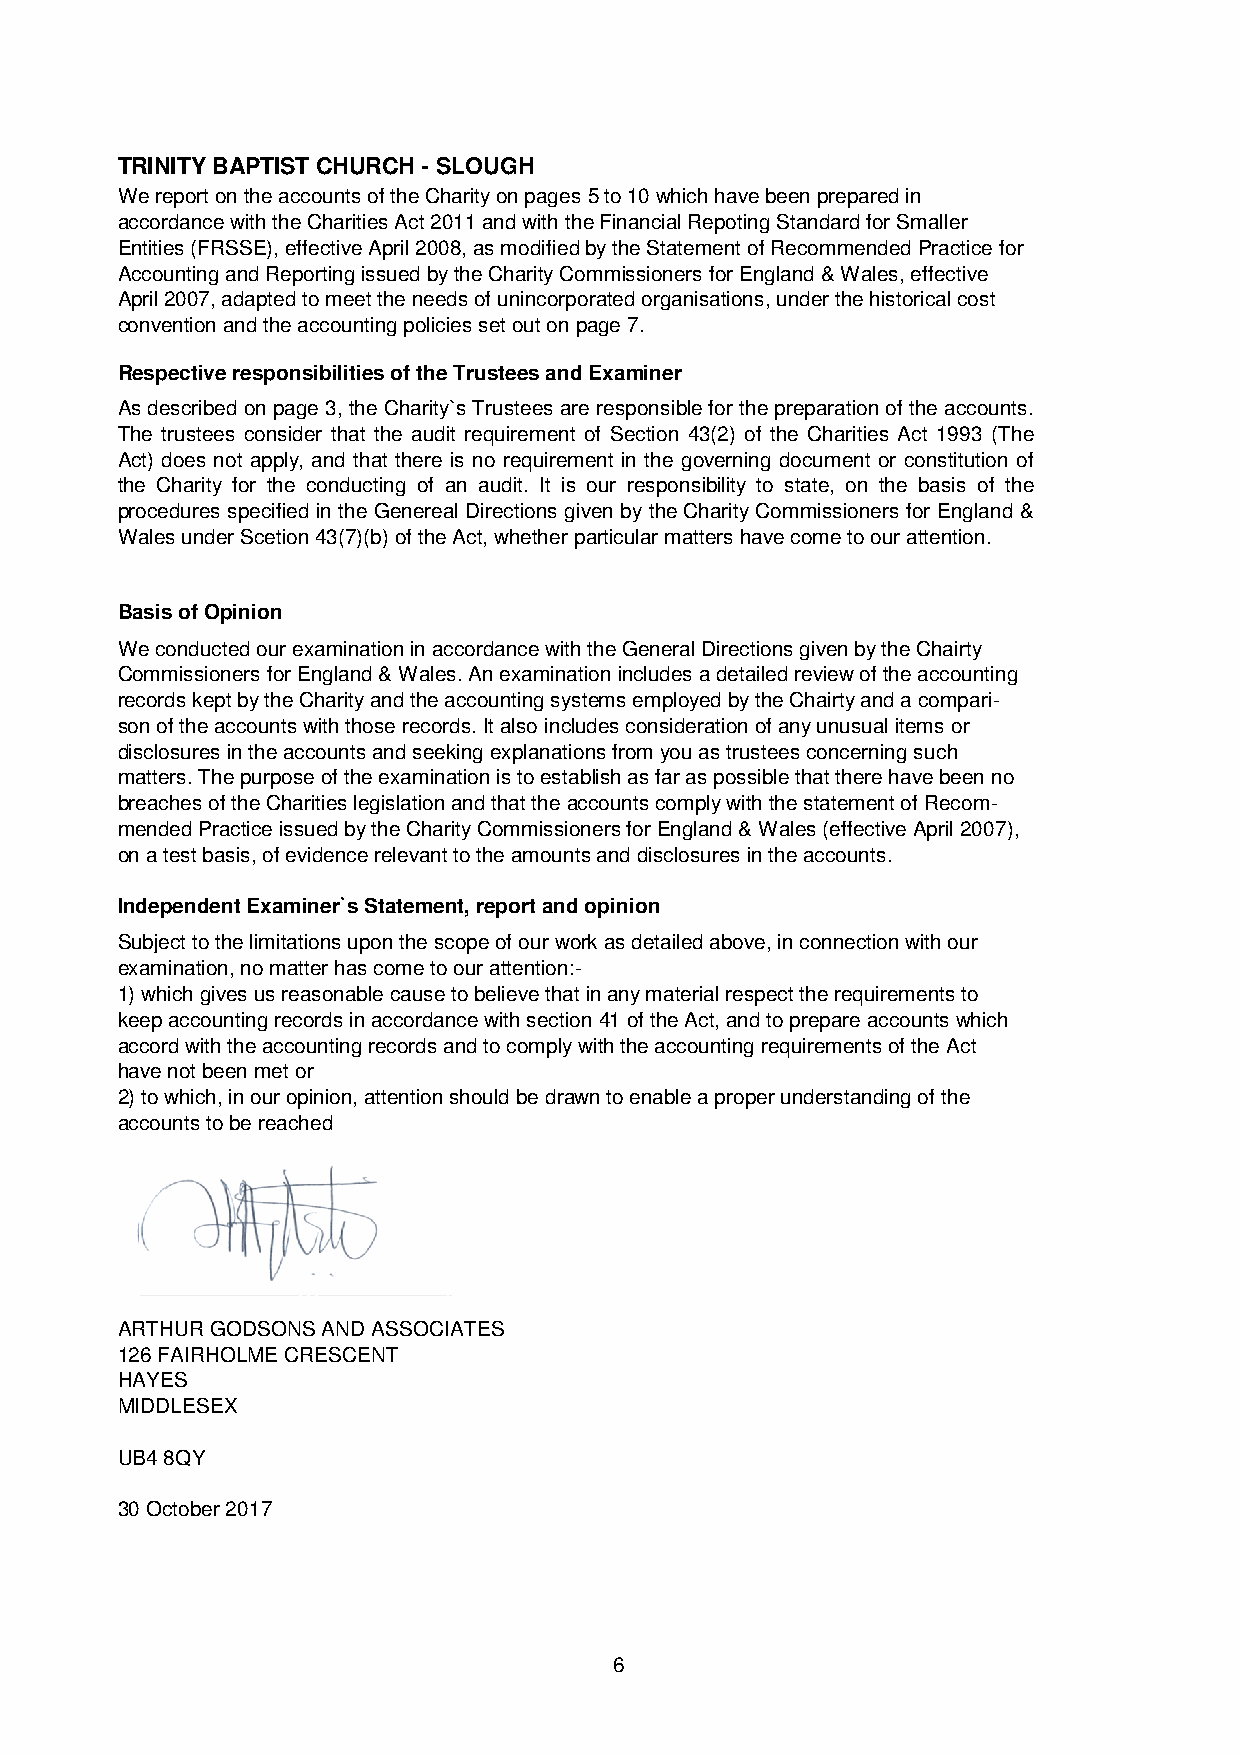
TRINITY BAPTIST CHURCH - SLOUGH
 We report on the accounts of the Charity on pages 5 to 10 which have been prepared in
 accordance with the Charities Act 2011 and with the Financial Repoting Standard for Smaller
 Entities (FRSSE), effective April 2008, as modified by the Statement of Recommended Practice for
 Accounting and Reporting issued by the Charity Commissioners for England & Wales, effective
 April 2007, adapted to meet the needs of unincorporated organisations, under the historical cost
 convention and the accounting policies set out on page 7.
 Respective responsibilities of the Trustees and Examiner
 As describedonpage3,theCharity`s Trustees areresponsiblefor thepreparationof theaccounts.
 The trustees consider that the audit requirement of Section 43(2) of the Charities Act 1993 (The
 Act) does not apply, and that there is no requirement in the governing document or constitution of
 the Charity for the conducting of an audit. It is our responsibility to state, on the basis of the
 procedures specified in the Genereal Directions given bythe CharityCommissioners for England &
 Wales under Scetion 43(7)(b) of the Act, whether particular matters have come to our attention.
 Basis of Opinion
 We conducted our examination in accordance with the General Directions given by the Chairty
 Commissioners for England & Wales. An examination includes a detailed review of the accounting
 records kept by the Charity and the accounting systems employed by the Chairty and a compari-
 son of the accounts with those records. It also includes consideration of any unusual items or
 disclosures in the accounts and seeking explanations from you as trustees concerning such
 matters. The purpose of the examination is to establish as far as possible that there have been no
 breaches of the Charities legislation and that the accounts comply with the statement of Recom-
 mended Practice issued by the Charity Commissioners for England & Wales (effective April 2007),
 on a test basis, of evidence relevant to the amounts and disclosures in the accounts.
 Independent Examiner`s Statement, report and opinion
 Subject to the limitations upon the scope of our work as detailed above, in connection with our
 examination, no matter has come to our attention:-
 1) which gives us reasonable cause to believe that in any material respect the requirements to
 keep accounting records in accordance with section 41 of the Act, and to prepare accounts which
 accord with the accounting records and to comply with the accounting requirements of the Act
 have not been met or
 2) to which, in our opinion, attention should be drawn to enable a proper understanding of the
 accounts to be reached
 ARTHUR GODSONS AND ASSOCIATES
 126 FAIRHOLME CRESCENT
 HAYES
 MIDDLESEX
 UB4 8QY
 30 October 2017
 6